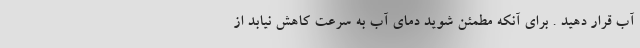
آب قرار دهید . برای آنکه مطمئن شوید دمای آب به سرعت کاهش نیابد از